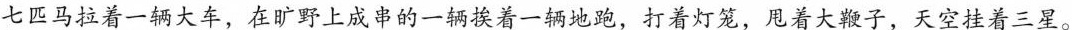
七匹马拉着一辆大车，在旷野上成串的一辆挨着一辆的跑，打着灯笼，甩着大鞭子，天空挂着三星。